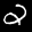
Label: 2